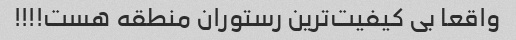
واقعا بی کیفیت‌ترین رستوران منطقه هست!!!!